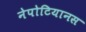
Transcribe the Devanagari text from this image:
नेपोटियानस